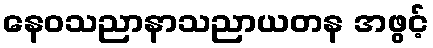
နေဝသညာနာသညာယတန အဖွင့်